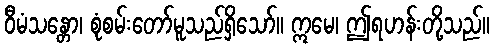
ဝီမံသန္တော၊ စုံစမ်းတော်မူသည်ရှိသော်။ ဣမေ၊ ဤရဟန်းတို့သည်။